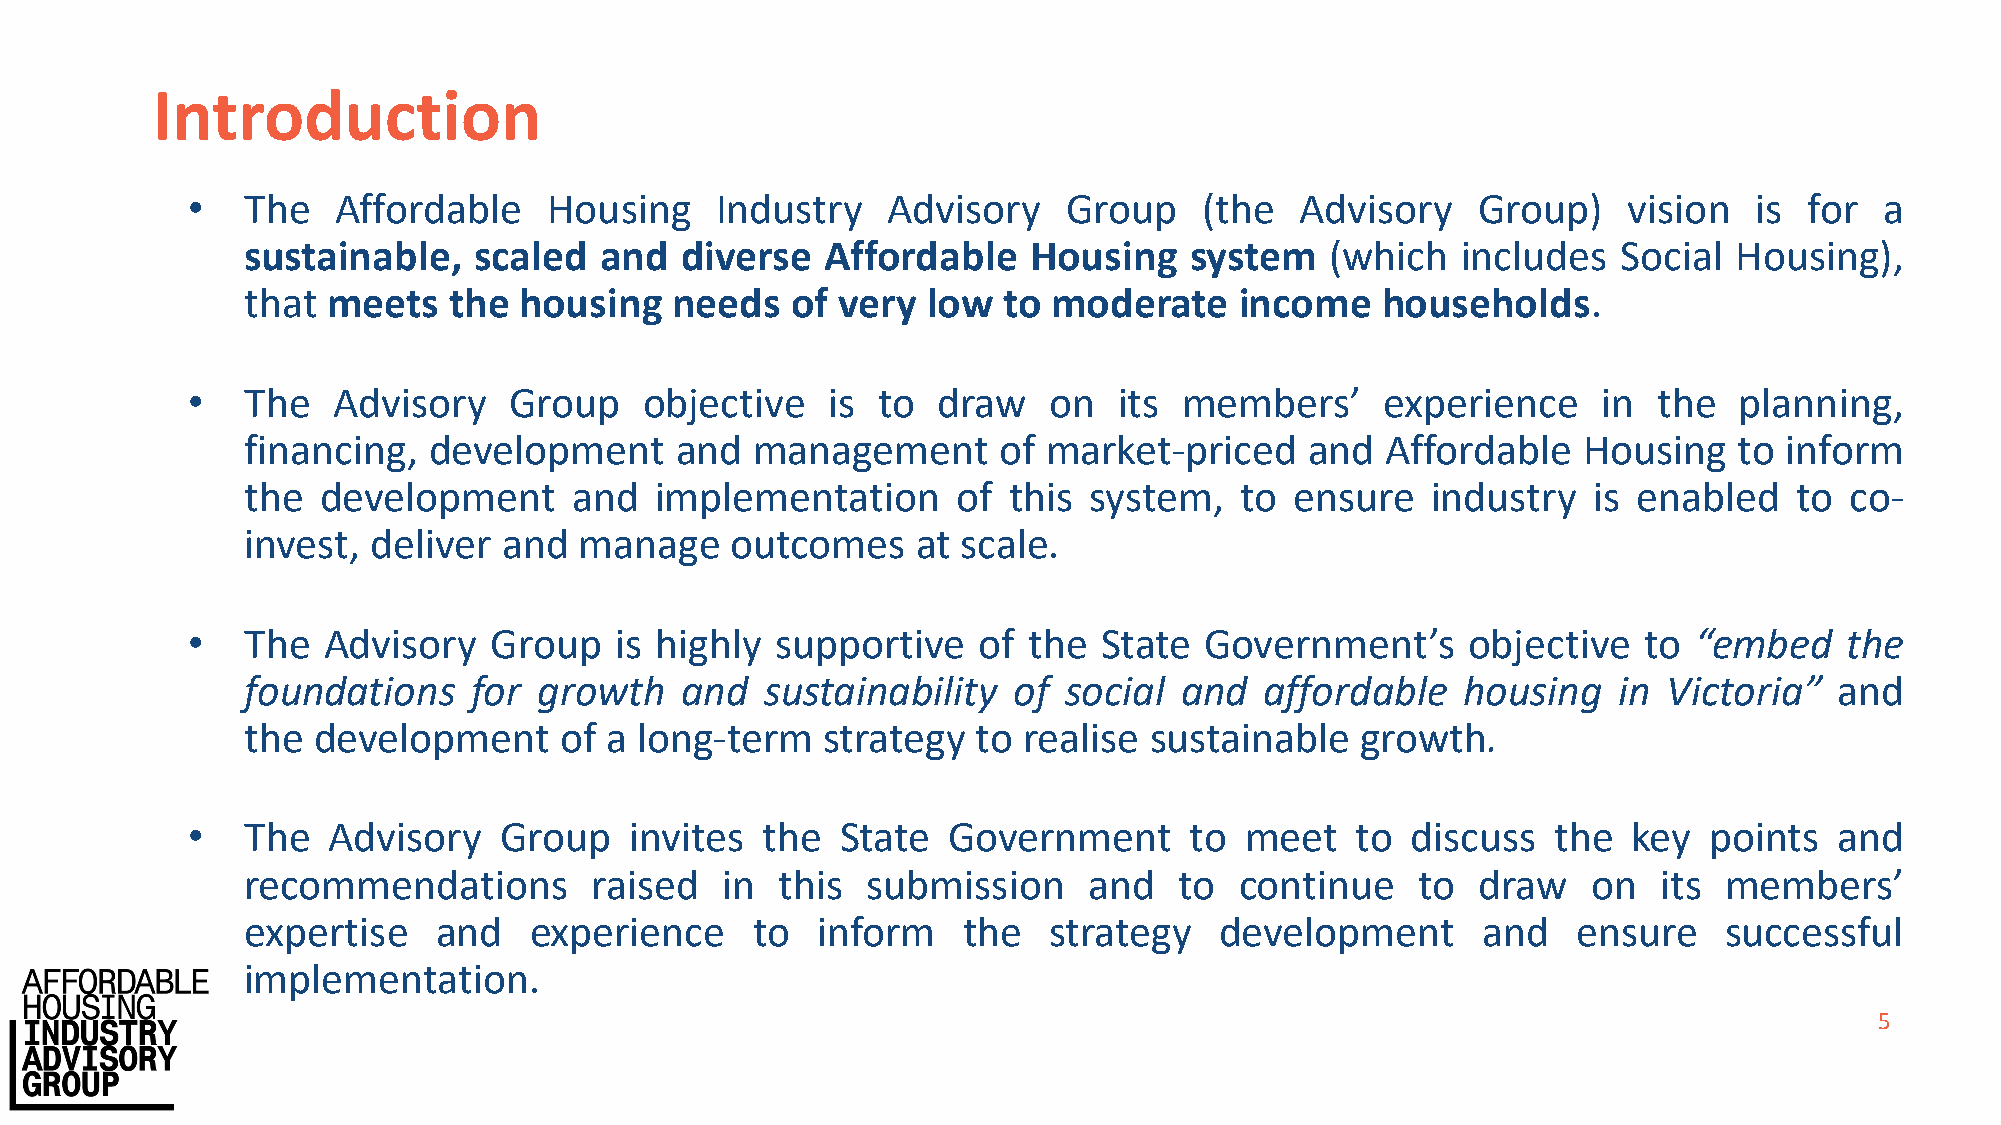
Introduction
 •   The   Affordable    Housing    Industry    Advisory    Group    (the  Advisory    Group)    vision  is  for  a
 sustainable,   scaled   and  diverse   Affordable   Housing    system   (which   includes  Social  Housing),
 that  meets   the housing   needs   of very  low  to  moderate    income   households.
 •   The   Advisory    Group    objective   is to  draw   on   its members’      experience    in  the  planning,
 financing,  development      and  management      of market-priced     and  Affordable   Housing   to inform
 the  development      and  implementation      of  this system,   to  ensure   industry  is enabled    to co-
 invest,  deliver and  manage    outcomes     at scale.
 •   The  Advisory   Group    is highly supportive    of the  State  Government’s     objective   to “embed    the
 foundations    for  growth   and   sustainability  of social  and   affordable   housing   in Victoria”   and
 the  development     of a long-term   strategy   to realise sustainable   growth.
 •   The   Advisory   Group    invites the   State  Government      to meet    to discuss   the  key  points   and
 recommendations        raised   in  this submission     and   to  continue    to  draw   on   its members’
 expertise    and   experience     to  inform    the  strategy    development      and   ensure    successful
 implementation.
 5